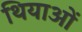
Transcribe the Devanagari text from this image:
थियाओं